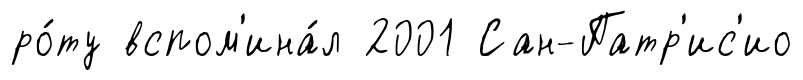
ро́ту вспом'ина́л 2001 Сан-Патр'ис'ио